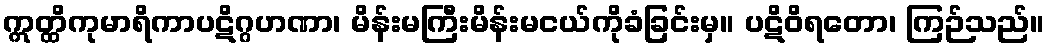
ဣတ္ထိကုမာရိကာပဋိဂ္ဂဟဏာ၊ မိန်းမကြီးမိန်းမငယ်ကိုခံခြင်းမှ။ ပဋိဝိရတော၊ ကြဉ်သည်။